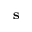
\mathbf { s }